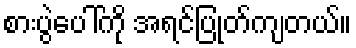
စားပွဲပေါ်ကို အရင်ပြုတ်ကျတယ်။